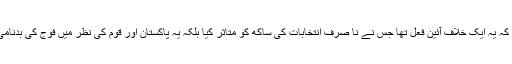
عدالت نے کہا ہے کہ یہ ایک خلاف آئین فعل تھا جس نے نا صرف انتخابات کی ساکھ کو متاثر کیا بلکہ یہ پاکستان اور قوم کی نظر میں فوج کی بدنامی کا باعث بھی بنا۔